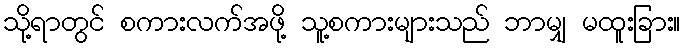
သို့ရာတွင် စကားလက်အဖို့ သူ့စကားများသည် ဘာမျှ မထူးခြား။